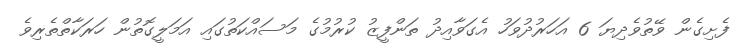
ފެށިގެން ވޭތުވެދިޔަ 6 އަހަރުދުވަހު އެގަވާއިދު ތަންފީޒު ކުރުމުގެ މަސައްކަތުގައި އަމަލީގޮތުން ހަރަކާތްތެރިވެ